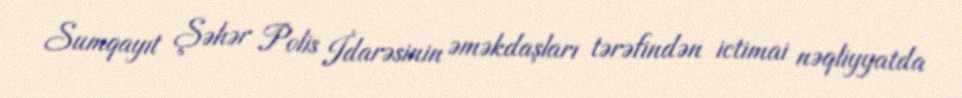
Sumqayıt Şəhər Polis İdarəsinin əməkdaşları tərəfindən ictimai nəqliyyatda